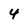
Character: 4